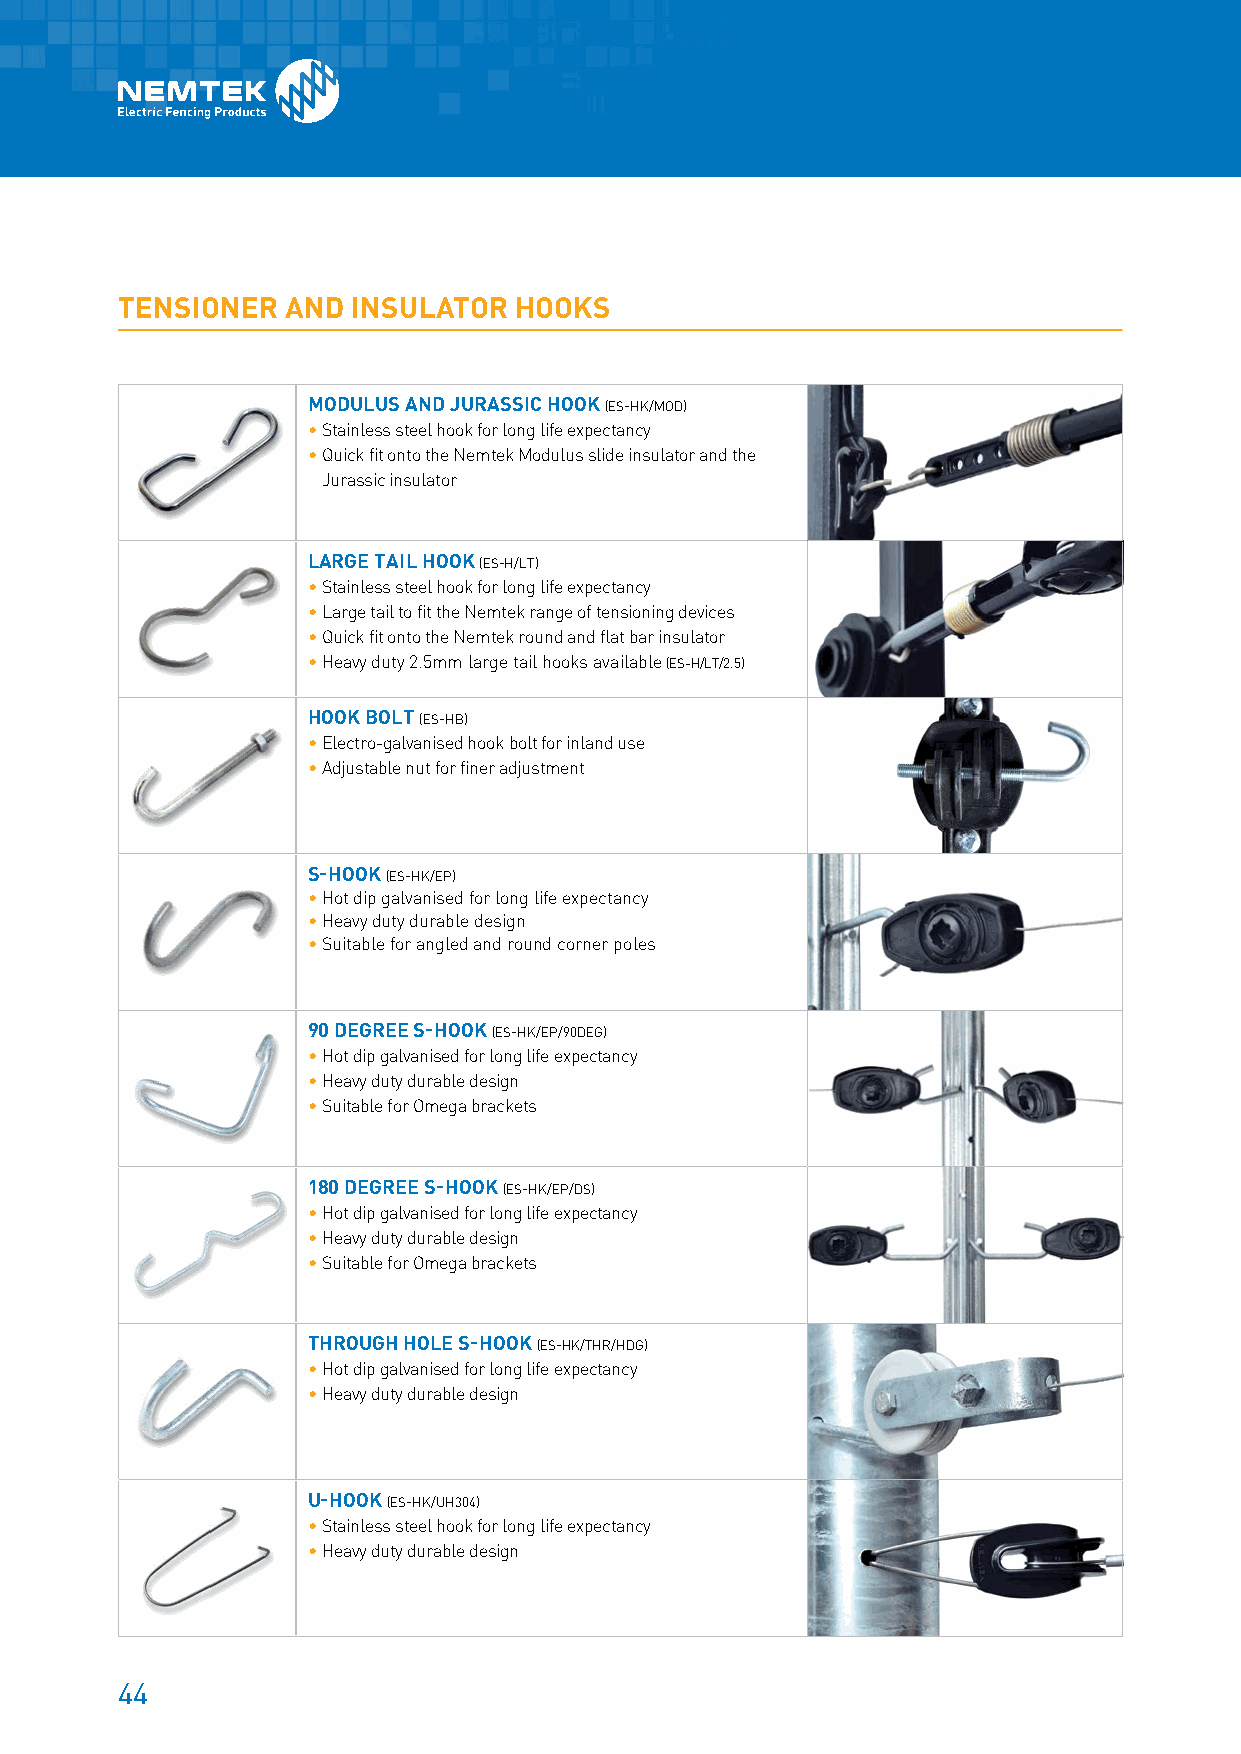
TENSIONER  AND INSULATOR  HOOKS
 MODULUS AND JURASSIC HOOK (ES-HK/MOD)
 • S tainless steel hook for long life expectancy
 • Q uick fit onto the Nemtek Modulus slide insulator and the
 Jurassic insulator
 LARGE TAIL HOOK (ES-H/LT)
 • S tainless steel hook for long life expectancy
 • L arge tail to fit the Nemtek range of tensioning devices
 • Q uick fit onto the Nemtek round and flat bar insulator
 • Heavy duty 2.5mm large tail hooks available (ES-H/LT/2.5)
 HOOK BOLT (ES-HB)
 • E lectro-galvanised hook bolt for inland use
 • Adjustable nut for finer adjustment
 S-HOOK (ES-HK/EP)
 • Hot dip galvanised for long life expectancy
 • Heavy duty durable design
 • Suitable for angled and round corner poles
 90 DEGREE S-HOOK (ES-HK/EP/90DEG)
 • H ot dip galvanised for long life expectancy
 • Heavy duty durable design
 • S uitable for Omega brackets
 180 DEGREE S-HOOK (ES-HK/EP/DS)
 • H ot dip galvanised for long life expectancy
 • Heavy duty durable design
 • S uitable for Omega brackets
 THROUGH HOLE S-HOOK (ES-HK/THR/HDG)
 • H ot dip galvanised for long life expectancy
 • Heavy duty durable design
 U-HOOK (ES-HK/UH304)
 • S tainless steel hook for long life expectancy
 • Heavy duty durable design
 44